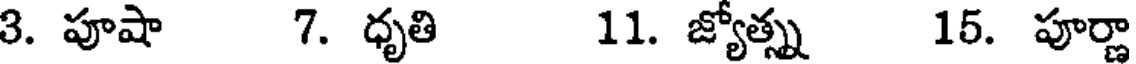
3. పూషా 7. ధృతి 11. జ్యోత్స్న 15. పూర్ణా